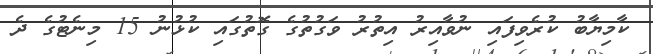
ކާމިޔާބު ކުރެވިފައި ނުވާއިރު އިތުރު ވަގުތުގެ ގޮތުގައި ކުޅުނު 15 މިނެޓުގެ ދެ